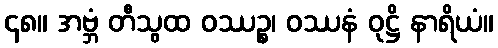
၄၈။ အဗ္ဘံ တီသွထ ဝဿဉ္စ၊ ဝဿနံ ဝုဋ္ဌိ နာရိယံ။